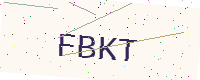
Text: FBKT